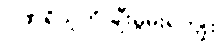
ဂုဏ်ရှိသူကို ချီးမွမ်းရကျိုး